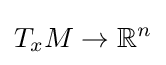
T_{x}M\rightarrow \mathbb {R} ^{n}